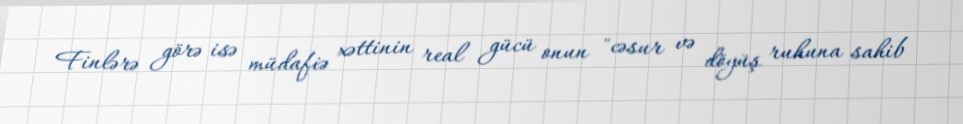
Finlərə görə isə müdafiə xəttinin real gücü onun "cəsur və döyüş ruhuna sahib